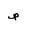
Letter: _sad